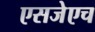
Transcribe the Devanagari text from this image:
एसजेएच